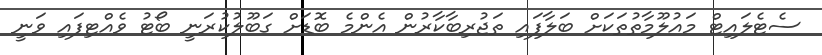
ސެޓެލައިޓް މައުލޫމާތުތަކަށް ބަލާފައި ތަޖުރިބާކާރުން އެންމެ ބޮޑަށް ގަބޫލުކުރަނީ ބޯޓު ވެއްޓިފައި ވަނީ